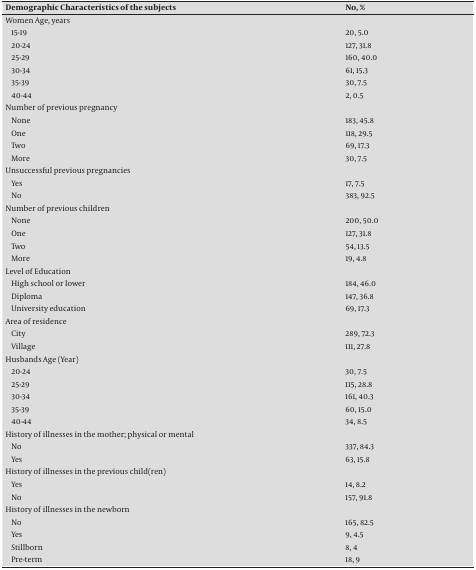
<table><thead><tr><td><b>Demographic Characteristics of the subjects</b></td><td><b>No,%</b></td></tr></thead><tbody><tr><td>Women Age, years</td><td> </td></tr><tr><td>15-19</td><td>20, 5.0</td></tr><tr><td>20-24</td><td>127, 31.8</td></tr><tr><td>25-29</td><td>160, 40.0</td></tr><tr><td>30-34</td><td>61, 15.3</td></tr><tr><td>35-39</td><td>30, 7.5</td></tr><tr><td>40-44</td><td>2, 0.5</td></tr><tr><td>Number of previous pregnancy</td><td> </td></tr><tr><td>None</td><td>183, 45.8</td></tr><tr><td>One</td><td>118, 29.5</td></tr><tr><td>Two</td><td>69, 17.3</td></tr><tr><td>More</td><td>30, 7.5</td></tr><tr><td>Unsuccessful previous pregnancies</td><td> </td></tr><tr><td>Yes</td><td>17, 7.5</td></tr><tr><td>No</td><td>383, 92.5</td></tr><tr><td>Number of previous children</td><td> </td></tr><tr><td>None</td><td>200, 50.0</td></tr><tr><td>One</td><td>127, 31.8</td></tr><tr><td>Two</td><td>54, 13.5</td></tr><tr><td>More</td><td>19, 4.8</td></tr><tr><td>Level of Education</td><td> </td></tr><tr><td>High school or lower</td><td>184, 46.0</td></tr><tr><td>Diploma</td><td>147, 36.8</td></tr><tr><td>University education</td><td>69, 17.3</td></tr><tr><td>Area of residence</td><td> </td></tr><tr><td>City</td><td>289, 72.3</td></tr><tr><td>Village</td><td>111, 27.8</td></tr><tr><td>Husbands Age (Year)</td><td> </td></tr><tr><td>20-24</td><td>30, 7.5</td></tr><tr><td>25-29</td><td>115, 28.8</td></tr><tr><td>30-34</td><td>161, 40.3</td></tr><tr><td>35-39</td><td>60, 15.0</td></tr><tr><td>40-44</td><td>34, 8.5</td></tr><tr><td>History of illnesses in the mother; physical or mental</td><td> </td></tr><tr><td>No</td><td>337, 84.3</td></tr><tr><td>Yes</td><td>63, 15.8</td></tr><tr><td>History of illnesses in the previous child(ren)</td><td> </td></tr><tr><td>Yes</td><td>14, 8.2</td></tr><tr><td>No</td><td>157, 91.8</td></tr><tr><td>History of illnesses in the newborn</td><td> </td></tr><tr><td>No</td><td>165, 82.5</td></tr><tr><td>Yes</td><td>9, 4.5</td></tr><tr><td>Stillborn</td><td>8, 4</td></tr><tr><td>Pre-term</td><td>18, 9</td></tr></tbody></table>